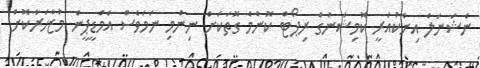
ނެޝަނަލް އިންކުއަރީ ކޮމިޝަނުގެ ރިޕޯޓް ކޮންމެ ގޮތަކަށް ނިންމި ނަމަވެސް އެމްޑީޕީން މުޒާހަރާކޮށް